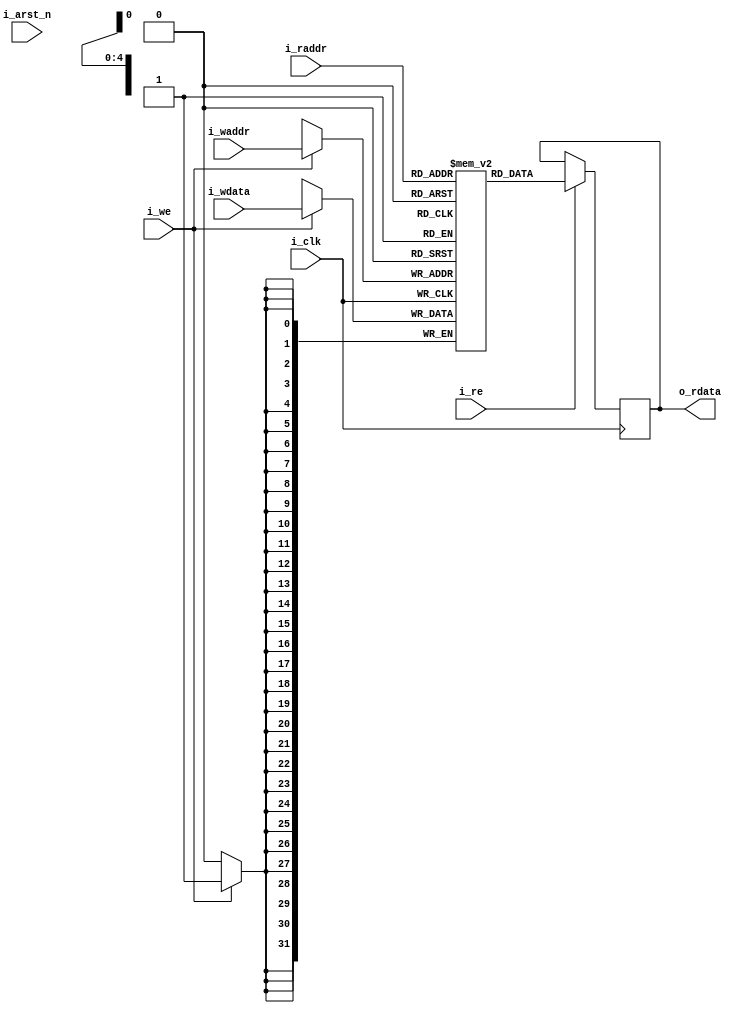
`timescale 1ns/1ns
//-----------------------------------------------------------------------------
// Crestron Electronics
// Proprietary and Confidential Information
//
//
// Module: INFER_SDPRAM
//
// Description:
//             Quartus Prime Verilog Template
//             Simple Dual Port RAM with separate read/write addresses and
//             Single read/write clock
//
// Notes:
//
//-----------------------------------------------------------------------------
// Module Port Definition
//-----------------------------------------------------------------------------


module INFER_SDPRAM #( parameter DATA_WIDTH = 32, 
                       parameter ADDR_WIDTH = 5, 
                       parameter ARCH       = 0, 
                       parameter RDW_MODE   = 0,
                       parameter INIT_VALUE = 'd0  )
(
 input                    i_clk,       //Clock
 input                    i_arst_n,    //Active Low Async Reset
                                       // Note: Usage depends on parameter
                                       //       settings
 input                    i_we,        //Active High Write Enable
 input [(ADDR_WIDTH-1):0] i_waddr,     //Write  Address
 input [(DATA_WIDTH-1):0] i_wdata,     //Write  Data

 input                    i_re,        //Active High Read Enable.
                                       
 input [(ADDR_WIDTH-1):0] i_raddr,     //Read   Address

 output reg [(DATA_WIDTH-1):0] o_rdata //Read Data (1 Clock latency)
);

reg [DATA_WIDTH-1:0] ram[2**ADDR_WIDTH-1:0] /* synthesis ramstyle = "MLAB" */;

integer i;
initial begin
   for (i=0;i<2**ADDR_WIDTH;i=i+1) begin
      ram[i] = INIT_VALUE;
   end
end

//-----------------------------------------------------------------------------
//     Usage Notes
//-----------------------------------------------------------------------------
//ARCH 
// 0 =  M20K
// 1 =  MLAB

//RDW_MODE 
// 0 =  Old Data on Read/Write of Same address if ARCH = M20K
//      else Indeterminate when ARCH = MLAB.
// 1 =  New Data on Mixed Port Read/WRitre of Same address

//-----------------------------------------------------------------------------
//     RAM Storage Behavioral Sequential Logic
//-----------------------------------------------------------------------------

 generate

  //---------------------------------------------------------------------------
  // MLAB with Mix Port RDW = New Data
  // Not supported natively in MLAB, so create pass-thru logic to mimic
  // behavior. Quartus Fitter doesn't know this is occurring, so doesn't
  // report anything under Mixed Port RDW Column

  if ((ARCH == 1) && (RDW_MODE == 1))
   begin

//   reg [DATA_WIDTH-1:0] ram[2**ADDR_WIDTH-1:0] /* synthesis ramstyle = "MLAB" */;

   reg [DATA_WIDTH-1:0] wdata_q;
   reg rdw_simul;
   reg [DATA_WIDTH-1:0] ram_rdata;

    always @ (posedge i_clk)
     begin
      if (i_we) 
       ram[i_waddr] <= i_wdata;

      wdata_q   <= i_wdata;
      rdw_simul <= (i_raddr == i_waddr) & i_we;

      if (i_re) 
       ram_rdata <= ram[i_raddr];

     end
   
    always @ (*)
     begin
      o_rdata      = rdw_simul ? wdata_q : ram_rdata;
     end

   end

  //---------------------------------------------------------------------------
  // MLAB with Mix Port RDW = Indeterminate--Unclear if Meta-Stable or
  // or just "random" if simulatenous R/W to same location.

  if ((ARCH == 1) && (RDW_MODE == 0))
   begin

//    reg [DATA_WIDTH-1:0] ram[2**ADDR_WIDTH-1:0] /* synthesis ramstyle = "MLAB" */;
    always @ (posedge i_clk)
     begin
      if (i_we) ram[i_waddr] <= i_wdata; 
      if (i_re) o_rdata      <= ram[i_raddr];
     end

   end

  //---------------------------------------------------------------------------
  //M20K w/ New Data on Mixed Port RDW
  //
  //Note: The M20K block does not natively support New Data across ports.
  //Altera adds Pass-Thru Logic to handle this behavior (slows access down,
  //adds gates). Unlike with MLABs, the coding style below is detected by
  //Quartus (as described in theoir Synthesis Handbook) and the Pass-Through
  //logic is inferred. The Quartus Analysis-Synthesis report file will
  //have a message that the Pass-Through Logic was added, but the Fitter
  //RAM Summary does not actually report anything under "Mixed-Port" RDW
  //Must be a Left-hand/Right-hand thing!

  if ((ARCH == 0) && (RDW_MODE == 1))
   begin

//   reg [DATA_WIDTH-1:0] ram[2**ADDR_WIDTH-1:0] /* synthesis ramstyle = "M20K" */;

    always @ (posedge i_clk)
     begin
      if (i_we) 
          ram[i_waddr] = i_wdata;       //Blocking
      if (i_re) 
          o_rdata      = ram[i_raddr];  //Blocking
     end

   end

  //---------------------------------------------------------------------------
  //M20K w/ Old Data on Mixed Port RDW
  //
  //The M20K block natively supports this.
  //The Fitter RAM Summary will reflect this in the "Mixed-Port" RDW column

  if ((ARCH == 0) && (RDW_MODE == 0))
   begin


//    reg [DATA_WIDTH-1:0] ram[2**ADDR_WIDTH-1:0] /* synthesis ramstyle = "M20K" */;

    always @ (posedge i_clk)
     begin
      if (i_we) ram[i_waddr] <= i_wdata;
      if (i_re) o_rdata      <= ram[i_raddr];
     end

   end

  endgenerate

//-----------------------------------------------------------------------------
//-----------------------------------------------------------------------------
// For Simulation Only
//-----------------------------------------------------------------------------

`ifdef SIM_INFER_RAM_VERBOSE

  initial
    begin
      $display("\n");
      $display("INFO : INFER_SDPRAM Instance %m Parameters -> ADDR_WIDTH %d : DATA_WIDTH %d : ARCH %d i.e. target %s : RDW_MODE %d i.e. %s ", ADDR_WIDTH,DATA_WIDTH, ARCH , ARCH ? "MLAB" : "M20K", RDW_MODE, RDW_MODE ? "New Data on Simul RW same addr" : "Old Data on Simul RW same addr");
      $display("\n");
   end
`endif
  


endmodule